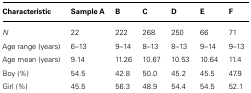
<table><thead><tr><td><b>Characteristic</b></td><td><b>Sample A</b></td><td><b>B</b></td><td><b>C</b></td><td><b>D</b></td><td><b>E</b></td><td><b>F</b></td></tr></thead><tbody><tr><td><i>N</i></td><td>22</td><td>222</td><td>268</td><td>250</td><td>66</td><td>71</td></tr><tr><td>Age range (years)</td><td>6–13</td><td>9–14</td><td>8–13</td><td>8–13</td><td>9–14</td><td>9–13</td></tr><tr><td>Age mean (years)</td><td>9.14</td><td>11.26</td><td>10.67</td><td>10.53</td><td>10.64</td><td>11.4</td></tr><tr><td>Boy (%)</td><td>54.5</td><td>42.8</td><td>50.0</td><td>45.2</td><td>45.5</td><td>47.9</td></tr><tr><td>Girl (%)</td><td>45.5</td><td>56.3</td><td>48.9</td><td>54.4</td><td>54.5</td><td>52.1</td></tr></tbody></table>